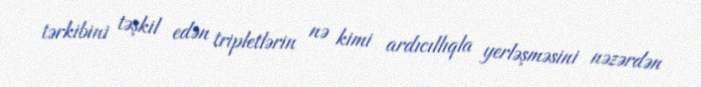
tərkibini təşkil edən tripletlərin nə kimi ardıcıllıqla yerləşməsini nəzərdən